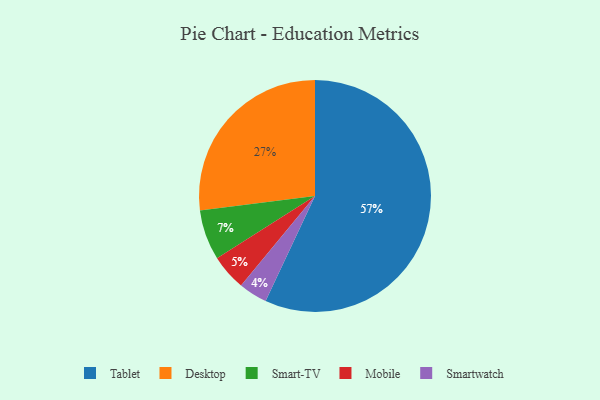
{"axis": {"x": "Category", "y": "Percentage"}, "legend": ["Desktop", "Mobile", "Smart-TV", "Smartwatch", "Tablet"], "data": [{"x": "Mobile", "y": 5, "type": "Mobile"}, {"x": "Smart-TV", "y": 7, "type": "Smart-TV"}, {"x": "Tablet", "y": 57, "type": "Tablet"}, {"x": "Smartwatch", "y": 4, "type": "Smartwatch"}, {"x": "Desktop", "y": 27, "type": "Desktop"}]}